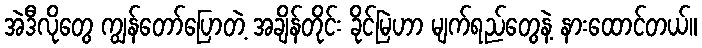
အဲဒီလိုတွေ ကျွန်တော်ပြောတဲ့ အချိန်တိုင်း ခိုင်မြဲဟာ မျက်ရည်တွေနဲ့ နားထောင်တယ်။